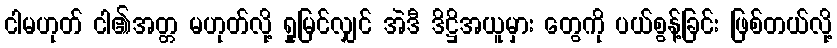
ငါမဟုတ် ငါ၏အတ္တ မဟုတ်လို့ ရှုမြင်လျှင် အဲဒီ ဒိဋ္ဌိအယူမှား တွေကို ပယ်စွန့်ခြင်း ဖြစ်တယ်လို့